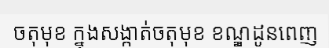
ចតុមុខ ក្នុងសង្កាត់ចតុមុខ ខណ្ឌដូនពេញ